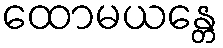
ထောမယန္တေ